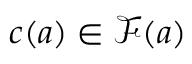
\boldsymbol { c } ( \boldsymbol { a } ) \in \mathcal { F } ( \boldsymbol { a } )